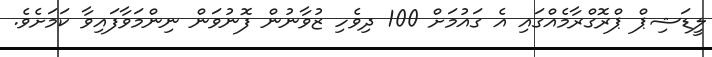
ލީޑަޝިޕް ޕްރޮގްރާމެއްގައި އެ ގައުމަށް 100 ދިވެހި ޒުވާނުން ފޮނުވަން ނިންމަވާފައިވާ ކަމަށެވެ.